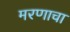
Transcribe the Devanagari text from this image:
मरणाचा